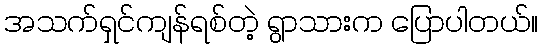
အသက်ရှင်ကျန်ရစ်တဲ့ ရွာသားက ပြောပါတယ်။